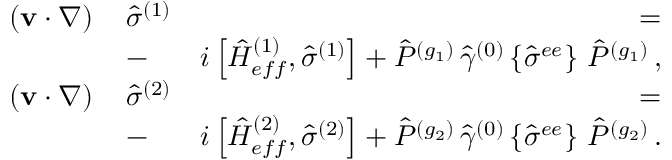
\begin{array} { r l r } { ( { \bf v } \cdot \nabla ) \, } & { { \hat { \sigma } } ^ { ( 1 ) } } & { \, = } \\ & { - } & { i \left[ { \hat { H } } _ { e f f } ^ { ( 1 ) } , { \hat { \sigma } } ^ { ( 1 ) } \right] + { \hat { P } } ^ { ( g _ { 1 } ) } \, { \hat { \gamma } } ^ { ( 0 ) } \left\{ { \hat { \sigma } } ^ { e e } \right\} \, { \hat { P } } ^ { ( g _ { 1 } ) } \, , } \\ { ( { \bf v } \cdot \nabla ) \, } & { { \hat { \sigma } } ^ { ( 2 ) } } & { \, = } \\ & { - } & { i \left[ { \hat { H } } _ { e f f } ^ { ( 2 ) } , { \hat { \sigma } } ^ { ( 2 ) } \right] + { \hat { P } } ^ { ( g _ { 2 } ) } \, { \hat { \gamma } } ^ { ( 0 ) } \left\{ { \hat { \sigma } } ^ { e e } \right\} \, { \hat { P } } ^ { ( g _ { 2 } ) } \, . } \end{array}